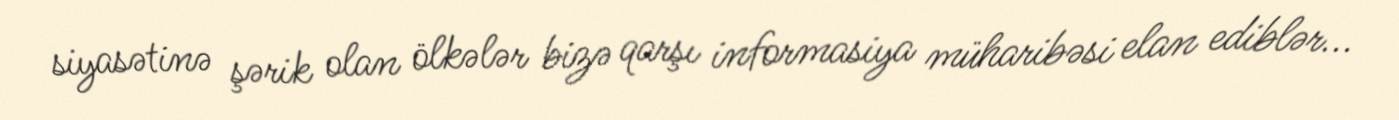
siyasətinə şərik olan ölkələr bizə qarşı informasiya müharibəsi elan ediblər...